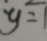
y = 1